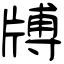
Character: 牔